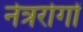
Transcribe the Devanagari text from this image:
नेत्ररोगों